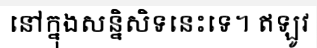
នៅក្នុងសន្និសិទនេះទេ។ ឥឡូវ